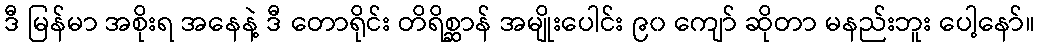
ဒီ မြန်မာ အစိုးရ အနေနဲ့ ဒီ တောရိုင်း တိရိစ္ဆာန် အမျိုးပေါင်း ၉၀ ကျော် ဆိုတာ မနည်းဘူး ပေါ့နော်။